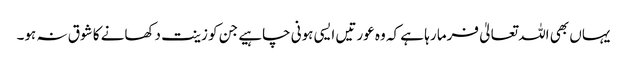
یہاں بھی اللہ تعالیٰ فرما رہا ہے کہ وہ عورتیں ایسی ہونی چاہیے جن کو زینت دکھانے کا شوق نہ ہو۔